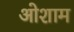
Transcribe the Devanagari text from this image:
ओशाम